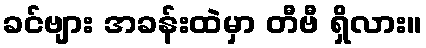
ခင်ဗျား အခန်းထဲမှာ တီဗီ ရှိလား။